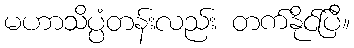
မဟာသိပ္ပံတန်းလည်း တက်နိုင်ပြီ။